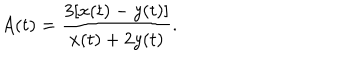
A ( t ) = \frac { 3 [ x ( t ) - y ( t ) ] } { x ( t ) + 2 y ( t ) } .